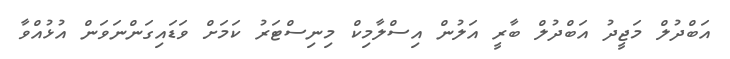
އަބްދުލް މަޖީދު އަބްދުލް ބާރީ އަލުން އިސްލާމިކް މިނިސްޓަރު ކަމަށް ވަޑައިގަންނަވަން އުޅުއްވާ